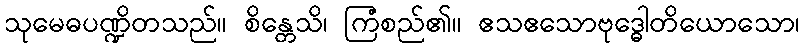
သုမေဓပဏ္ဍိတသည်။ စိန္တေသိ၊ ကြံစည်၏။ ဧသဧသောဗုဒ္ဓေါတိယောသော၊